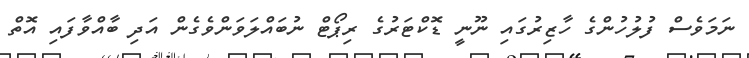
ނަމަވެސް ފުލުހުންގެ ހާޒިރުގައި ނޫނީ ޑޮކްޓަރުގެ ރިޕޯޓް ނުބައްލަވަންވެގެން އަދި ބާއްވާފައި އޮތް